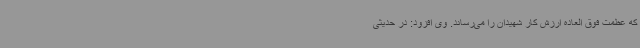
که عظمت فوق العاده ارزش کار شهیدان را می‌رساند. وی افزود: در حدیثی